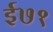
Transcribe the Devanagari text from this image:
ई७१